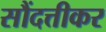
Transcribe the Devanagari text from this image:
सौंदत्तीकर